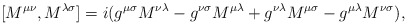
\begin{align*}\lbrack M^{\mu \nu } , M^{\lambda \sigma } \rbrack = i(g^{\mu\sigma } M^{\nu \lambda }-g^{\nu \sigma }M^{\mu \lambda }+g^{\nu\lambda } M^{\mu \sigma }-g^{\mu \lambda }M^{\nu \sigma }),\end{align*}